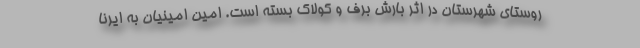
روستای شهرستان در اثر بارش برف و کولاک بسته است. امین امینیان به ایرنا